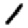
Digit: 1